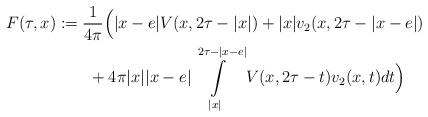
LaTeX: \begin{align*}F(\tau,x)&:=\frac{1}{4\pi}\Big(\lvert x-e\rvert V(x,2\tau-\lvert x\rvert)+\lvert x\rvert v_{2}(x,2\tau-\lvert x-e\rvert)\\&\ \ \ \ \ \ +4\pi\lvert x\rvert\lvert x-e\rvert\int\limits_{\lvert x\rvert}^{2\tau-\lvert x-e\rvert}V(x,2\tau-t)v_{2}(x,t)dt\Big)\end{align*}